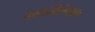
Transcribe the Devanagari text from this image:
कहानीलेखक